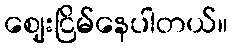
ဈေးငြိမ်နေပါတယ်။